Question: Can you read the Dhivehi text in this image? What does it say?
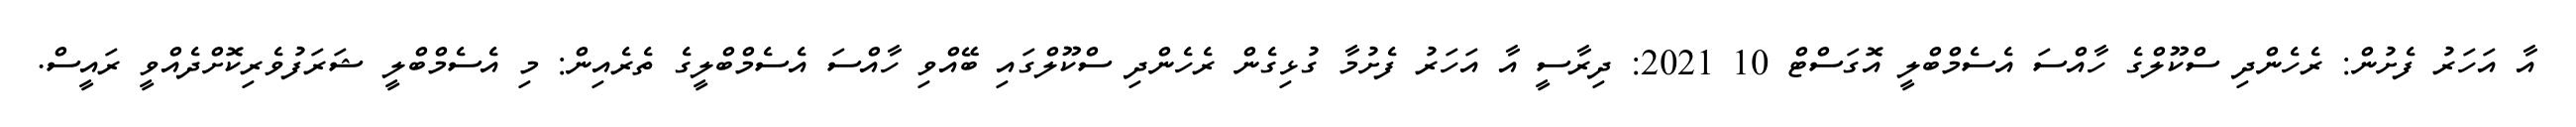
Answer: އާ އަހަރު ފެށުން: ރެހެންދި ސްކޫލްގެ ހާއްސަ އެސެމްބްލީ އޮގަސްޓް 10 2021: ދިރާސީ އާ އަހަރު ފެށުމާ ގުޅިގެން ރެހެންދި ސްކޫލްގައި ބޭއްވި ހާއްސަ އެސެމްބްލީގެ ތެރެއިން: މި އެސެމްބްލީ ޝަރަފުވެރިކޮށްދެއްވީ ރައީސް.